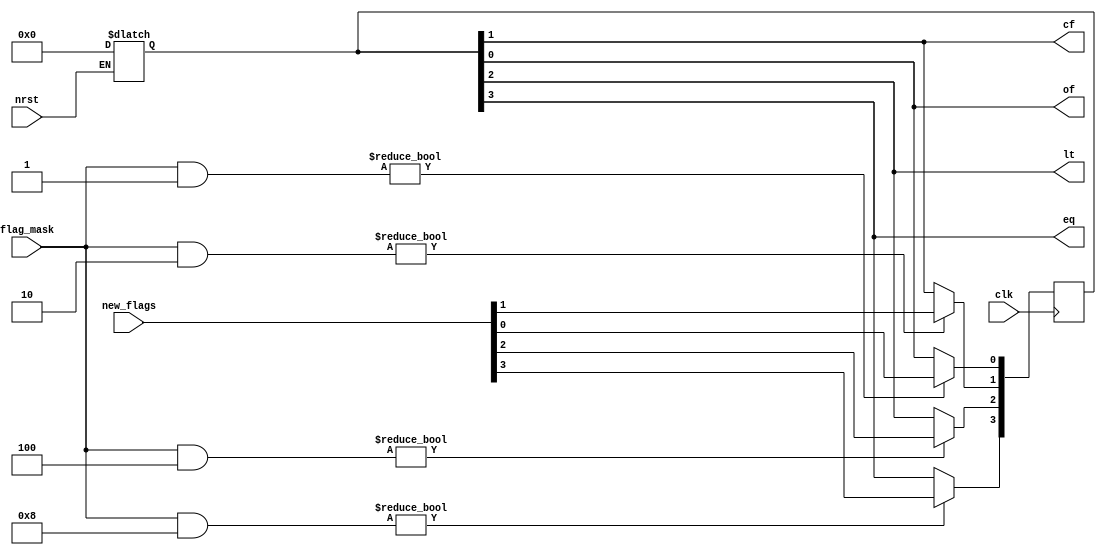
module flagstore(
    input wire clk,
    input wire nrst,
    input wire [0:3] flag_mask,
    input wire [0:3] new_flags,
    output wire eq,
    output wire lt,
    output wire cf,
    output wire of);

reg [0:3] flags;

assign eq = flags[0];
assign lt = flags[1];
assign cf = flags[2];
assign of = flags[3];

always @(*)
    if (!nrst) flags <= 4'b0000;

always @(posedge clk) begin
    if (flag_mask & 4'b1000)
        flags[0] <= new_flags[0];
    if (flag_mask & 4'b0100)
        flags[1] <= new_flags[1];
    if (flag_mask & 4'b0010)
        flags[2] <= new_flags[2];
    if (flag_mask & 4'b0001)
        flags[3] <= new_flags[3];
end

endmodule // flagstore